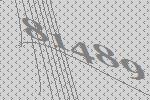
81489